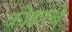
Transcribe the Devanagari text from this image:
कोशांचे